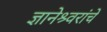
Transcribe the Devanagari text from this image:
ज्ञानेश्र्वरांचे